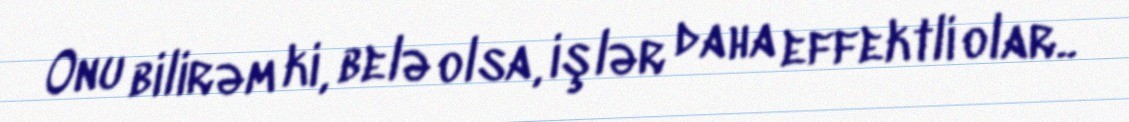
Onu bilirəm ki, belə olsa, işlər daha effektli olar..